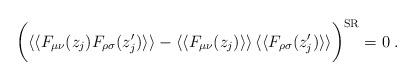
LaTeX: \begin{align*}\bigg( \langle\langle F_{\mu\nu}(z_j) F_{\rho\sigma}(z_j^{\prime})\rangle\rangle - \langle\langle F_{\mu\nu}(z_j) \rangle\rangle \,\langle\langle F_{\rho\sigma}(z_j^{\prime}) \rangle\rangle\bigg)^{{\rm SR}} = 0 \> .\end{align*}